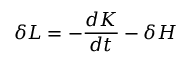
\delta L = - \frac { d K } { d t } - \delta H